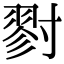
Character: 𡭁